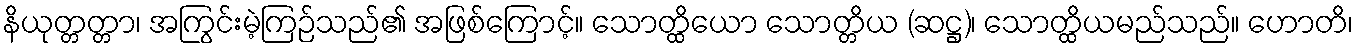
နိယုတ္တတ္တာ၊ အကြွင်းမဲ့ကြဉ်သည်၏ အဖြစ်ကြောင့်။ သောတ္ထိယော သောတ္တိယ (ဆဋ္ဌ)၊ သောတ္ထိယမည်သည်။ ဟောတိ၊